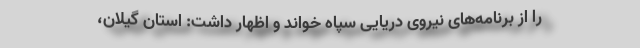
را از برنامه‌های نیروی دریایی سپاه خواند و اظهار داشت: استان گیلان،